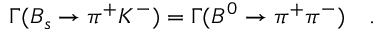
\Gamma ( B _ { s } \to \pi ^ { + } K ^ { - } ) = \Gamma ( B ^ { 0 } \to \pi ^ { + } \pi ^ { - } ) ~ ~ ~ .